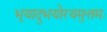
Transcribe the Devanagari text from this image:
भूयादुभयोरयमुत्तमः